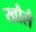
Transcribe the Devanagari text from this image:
खौलै